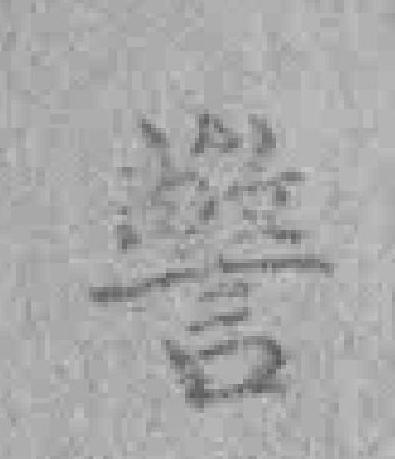
警